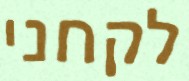
לקחני